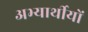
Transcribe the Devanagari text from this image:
अभ्यार्थीयों